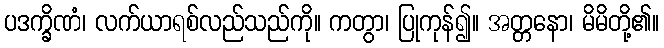
ပဒက္ခိဏံ၊ လက်ယာရစ်လည်သည်ကို။ ကတွာ၊ ပြုကုန်၍။ အတ္တနော၊ မိမိတို့၏။